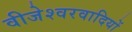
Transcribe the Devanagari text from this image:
वीजेश्वरवादियों